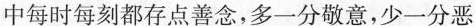
中每时每刻都存点善念，多一分敬意，少一分恶